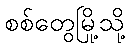
စစ်တွေမြို့သို့